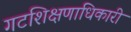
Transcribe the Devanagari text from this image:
गटशिक्षणाधिकारी